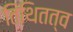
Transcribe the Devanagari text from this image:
तिथितत्व